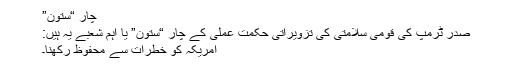
چار “ستون”
صدر ٹرمپ کی قومی سلامتی کی تزویراتی حکمت عملی کے چار “ستون” یا اہم شعبے یہ ہیں:
امریکہ کو خطرات سے محفوظ رکھنا۔